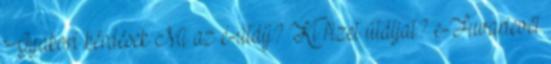
Gyakori kérdések Mi az e-útdíj? Ki fizet útdíjat? e-Fuvarlevél